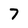
Character: 7